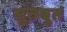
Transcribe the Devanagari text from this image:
सुतबुत